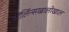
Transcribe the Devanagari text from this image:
ऑर्लिन्सखालोखाल